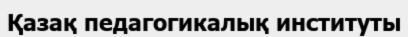
Қазақ педагогикалық институты